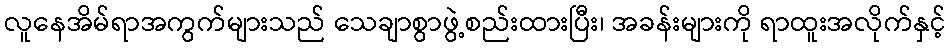
လူနေအိမ်ရာအကွက်များသည် သေချာစွာဖွဲ့စည်းထားပြီး၊ အခန်းများကို ရာထူးအလိုက်နှင့်